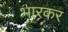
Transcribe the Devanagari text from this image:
भारकर